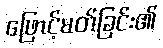
ဖြောင့်မတ်ခြင်း၏